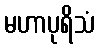
မဟာပုရိသံ